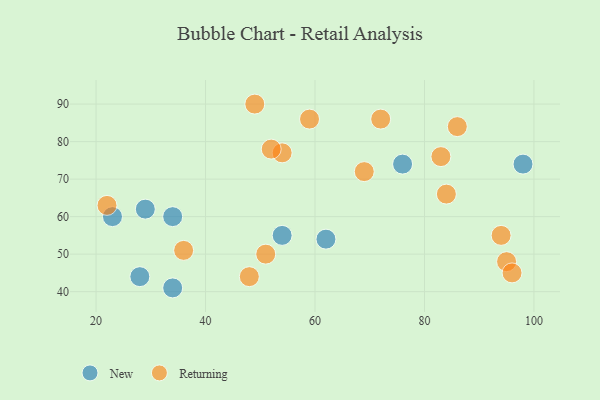
{"axis": {"x": "GDP", "y": "Life Expectancy"}, "legend": ["New", "Returning"], "data": [{"x": "23", "y": 60, "type": "New"}, {"x": "34", "y": 41, "type": "New"}, {"x": "54", "y": 55, "type": "New"}, {"x": "76", "y": 74, "type": "New"}, {"x": "29", "y": 62, "type": "New"}, {"x": "28", "y": 44, "type": "New"}, {"x": "34", "y": 60, "type": "New"}, {"x": "62", "y": 54, "type": "New"}, {"x": "98", "y": 74, "type": "New"}, {"x": "94", "y": 55, "type": "Returning"}, {"x": "22", "y": 63, "type": "Returning"}, {"x": "48", "y": 44, "type": "Returning"}, {"x": "95", "y": 48, "type": "Returning"}, {"x": "84", "y": 66, "type": "Returning"}, {"x": "96", "y": 45, "type": "Returning"}, {"x": "86", "y": 84, "type": "Returning"}, {"x": "49", "y": 90, "type": "Returning"}, {"x": "51", "y": 50, "type": "Returning"}, {"x": "59", "y": 86, "type": "Returning"}, {"x": "36", "y": 51, "type": "Returning"}, {"x": "54", "y": 77, "type": "Returning"}, {"x": "72", "y": 86, "type": "Returning"}, {"x": "83", "y": 76, "type": "Returning"}, {"x": "52", "y": 78, "type": "Returning"}, {"x": "69", "y": 72, "type": "Returning"}]}